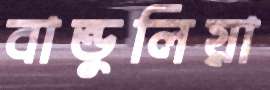
বান্ডুলিয়া